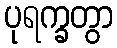
ပုရက္ခတွာ